画像に写った文字を読んでください
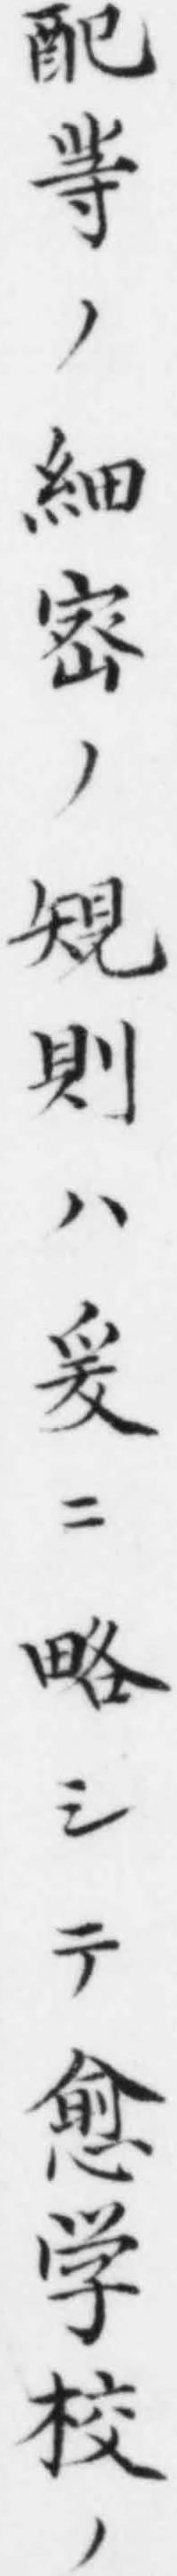
「配䒭ノ細宻ノ䂓則ハ爰ニ略シテ愈学校ノ」と書いてあります